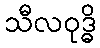
သီလဝုဒ္ဓိ